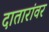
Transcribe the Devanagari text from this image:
दातारांवर